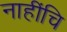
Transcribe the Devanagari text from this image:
नाहींचि